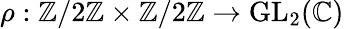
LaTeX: \rho:\mathbb{Z}/2\mathbb{Z}\times\mathbb{Z}/2\mathbb{Z}\to{\mathrm{GL}}_{2}(\mathbb{C})